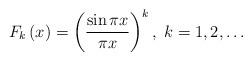
LaTeX: \begin{align*}F_{k}\left(x\right)=\left(\frac{\sin\pi x}{\pi x}\right)^{k},\; k=1,2,\ldots\end{align*}